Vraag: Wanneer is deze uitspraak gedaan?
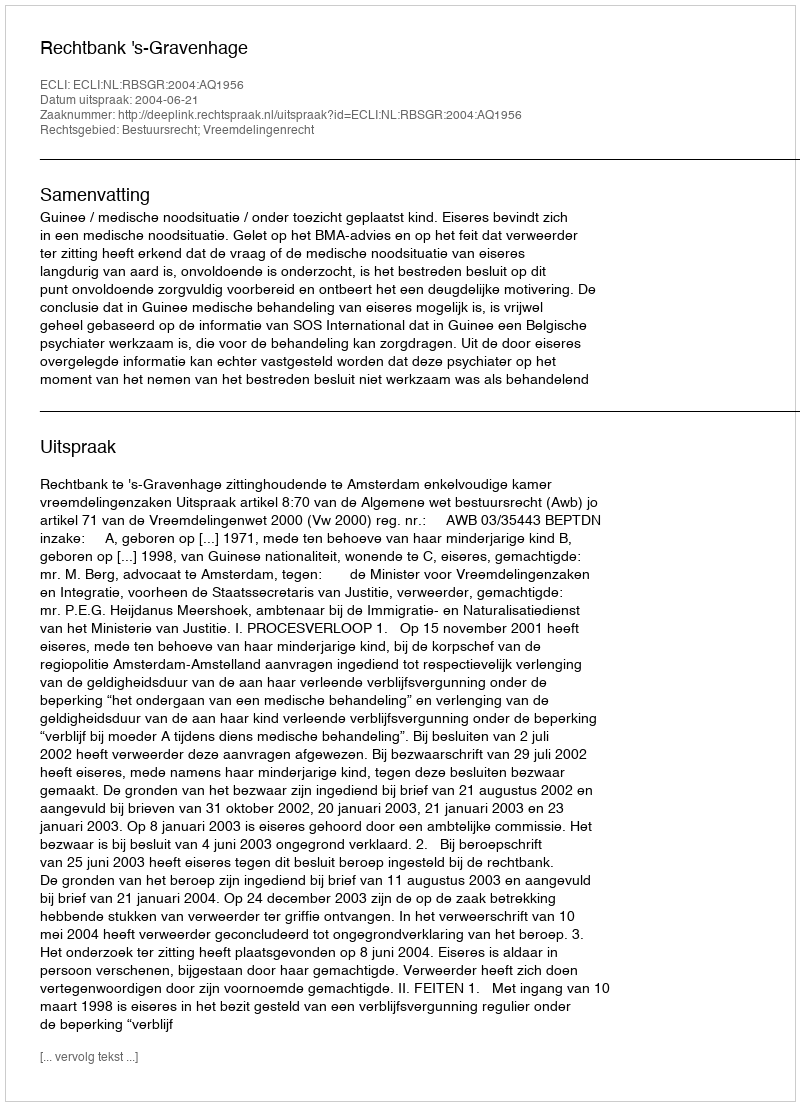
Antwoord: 2004-06-21